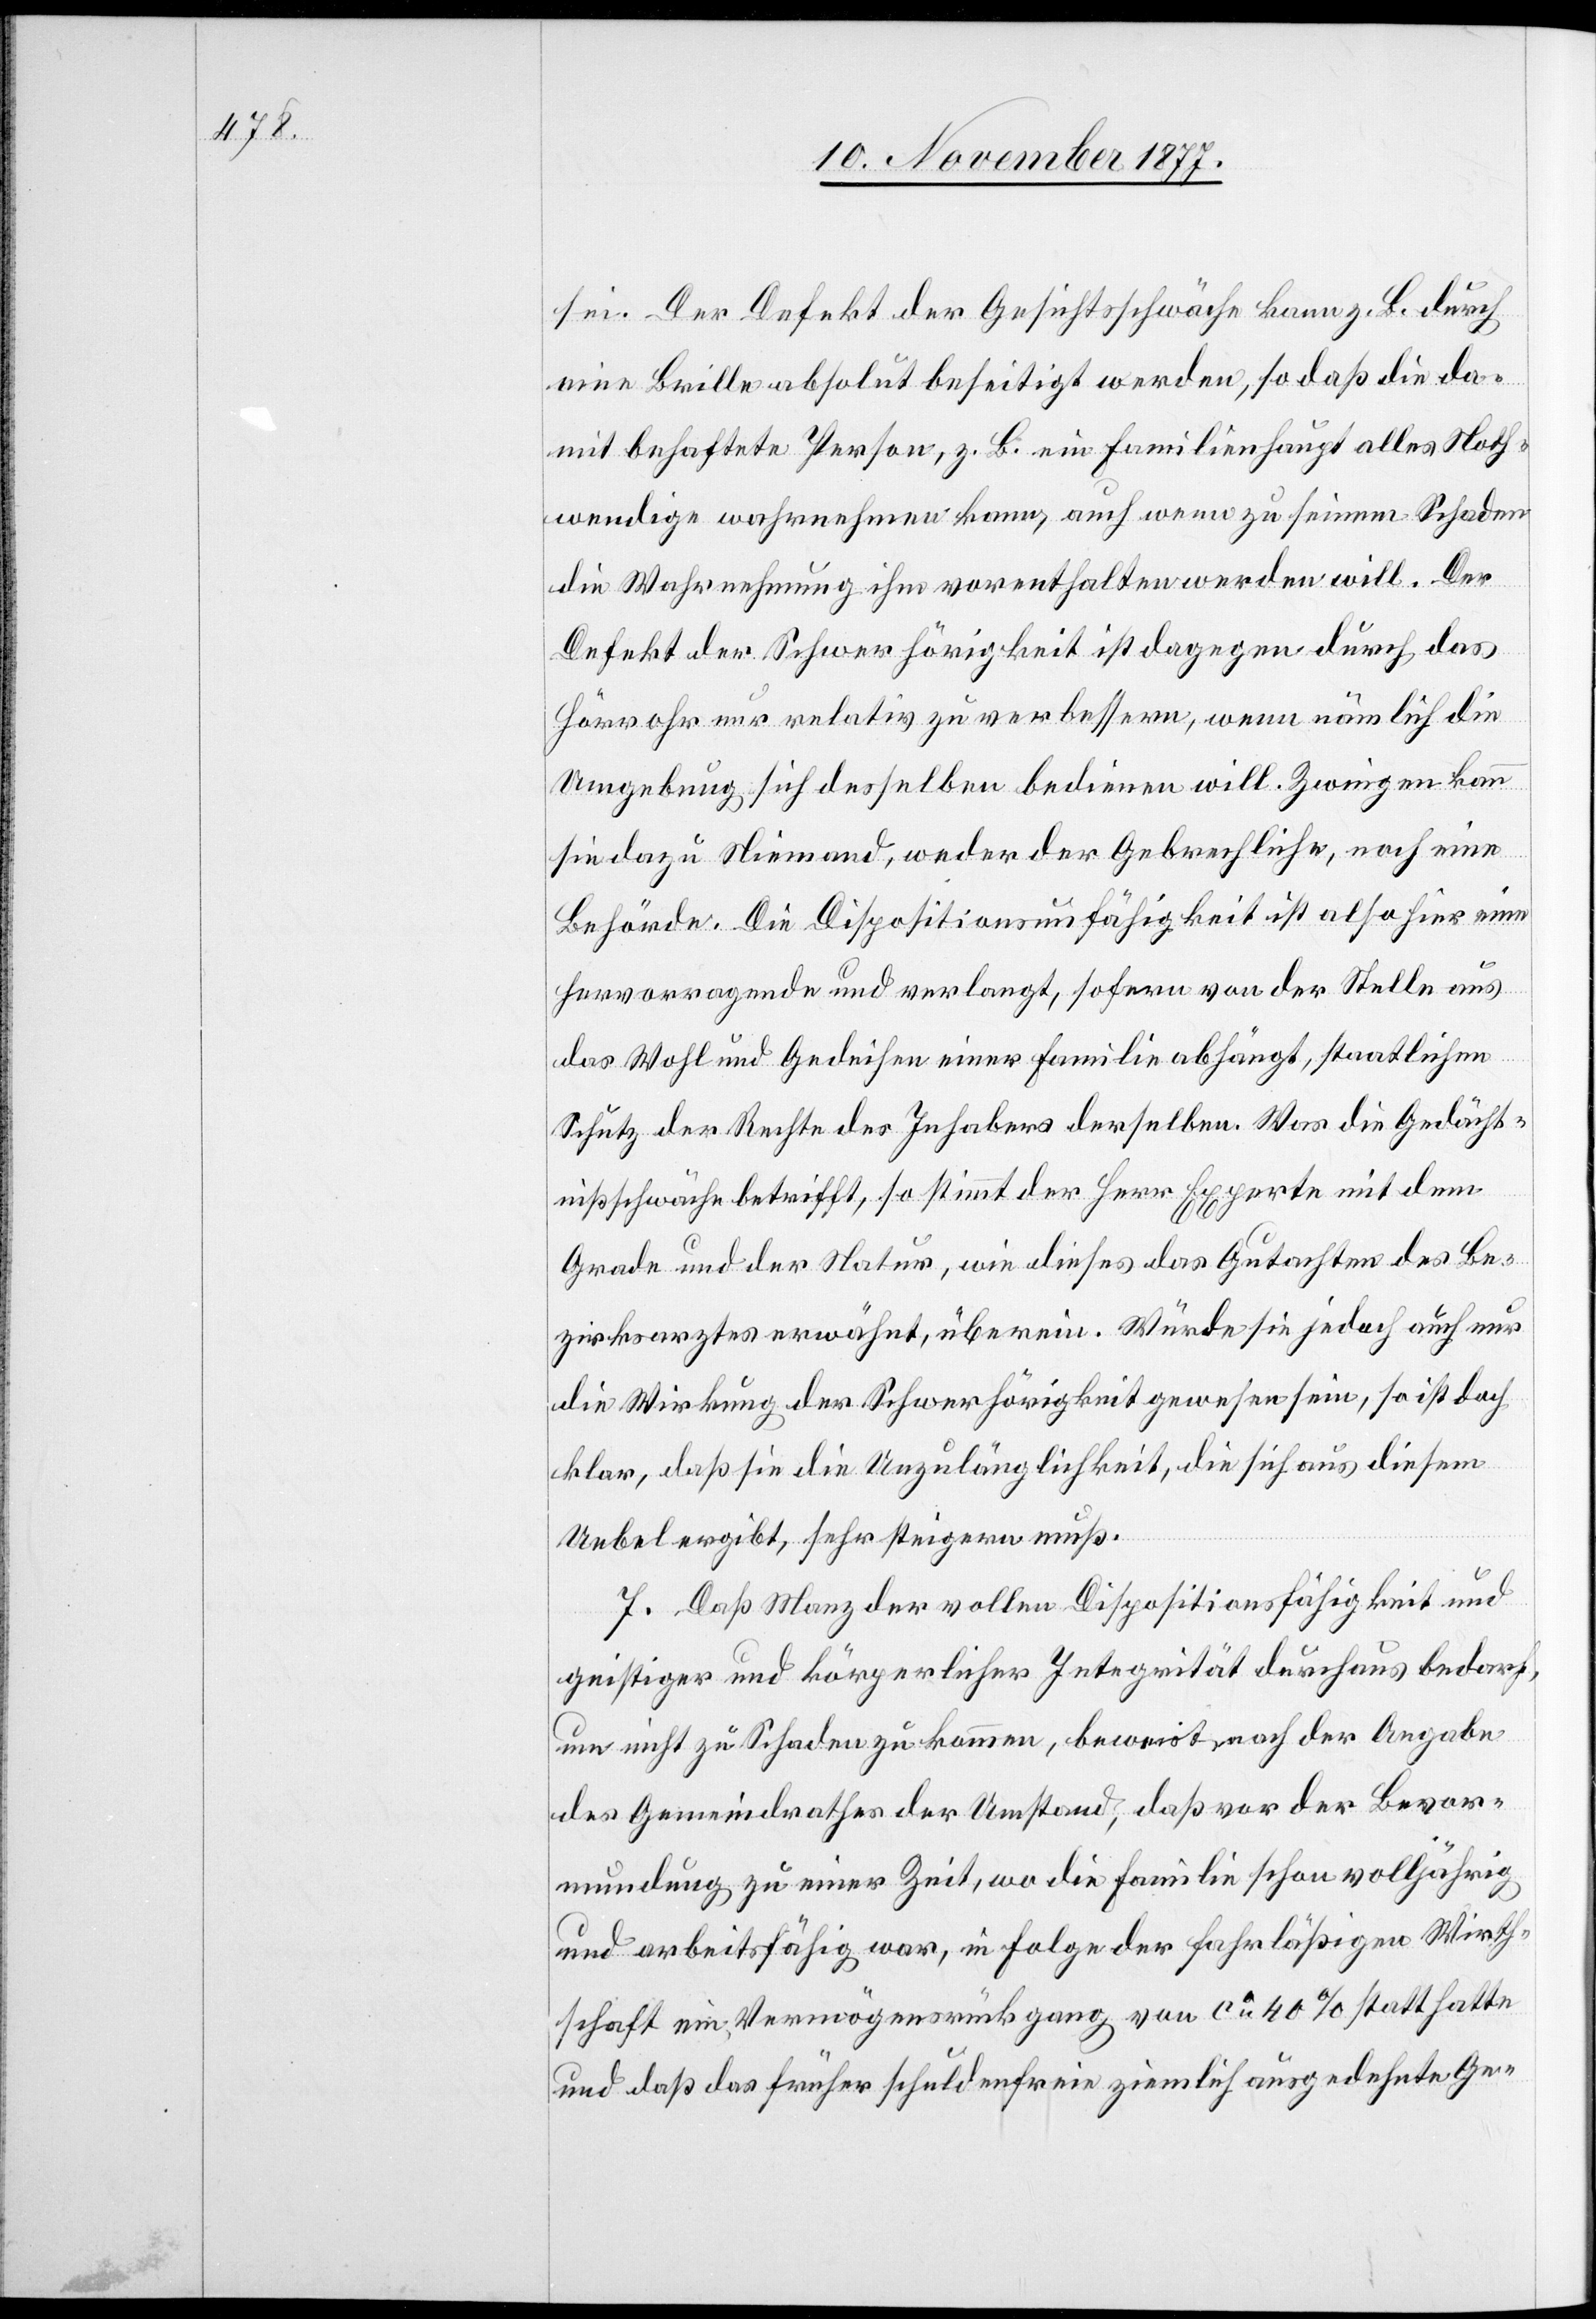
sei. Der Defekt der Gesichtsschwäche kann z. B. durch
eine Brille absolut beseitigt werden, so daß die da¬
mit behaftete Person, z. B. ein Familienhaupt alles Noth¬
wendige wahrnehmen kann, auch wenn zu seinem Schaden
die Wahrnehmung ihm vorenthalten werden will. Der
Defekt der Schwerhörigkeit ist dagegen durch das
Hörrohr nur relativ zu verbessern, wenn nämlich die
Umgebung sich desselben bedienen will. Zwingen kann
sie dazu Niemand, weder der Gebrechliche, noch eine
Behörde. Die Dispositionsunfähigkeit ist also hier eine
hervorragende und verlangt, sofern von der Stelle aus
das Wohl und Gedeihen einer Familie abhängt, staatlichen
Schutz der Rechte des Inhabers derselben. Was die Gedächt¬
nißschwäche betrifft, so stimmt der Herr Experte mit dem
Grade und der Natur, wie dieses das Gutachten des Be¬
zirksarztes erwähnt, überein. Würde sie jedoch auch nur
die Wirkung der Schwerhörigkeit gewesen sein, so ist doch
klar, daß die die Unzulänglichkeit, die sich aus diesem
Uebel ergibt, sehr steigern muß.
7. Daß Manz der vollen Dispositionsfähigkeit und
geistiger und körperlicher Integrität durchaus bedarf,
um nicht zu Schaden zu kommen, beweist nach der Angabe
des Gemeindrathes der Umstand, daß vor der Bevor¬
mundung zu einer Zeit, wo die Familie schon volljährig
und arbeitsfähig war, in Folge der fahrläßigen Wirth¬
schaft ein Vermögensrückgang von ca 40% statt hatte
und daß das früher schuldenfreie ziemlich ausgedehnte Ge-